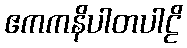
ဧကကနိပါတပါဠိ